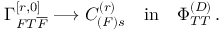
\Gamma _ { F T { \overline { { { F } } } } } ^ { [ r , 0 ] } \longrightarrow C _ { ( F ) s } ^ { ( r ) } \quad \mathrm { { i n } } \quad \Phi _ { T T } ^ { ( D ) } \, .